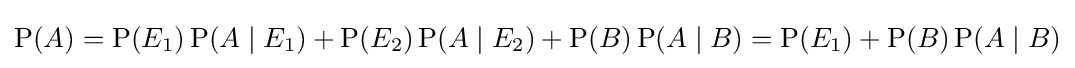
\operatorname {P} (A)=\operatorname {P} (E_{1})\operatorname {P} (A\mid E_{1})+\operatorname {P} (E_{2})\operatorname {P} (A\mid E_{2})+\operatorname {P} (B)\operatorname {P} (A\mid B)=\operatorname {P} (E_{1})+\operatorname {P} (B)\operatorname {P} (A\mid B)